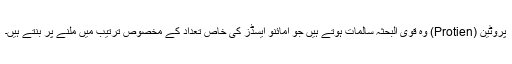
پروٹین (Protien) وہ قوی البحثہ سالمات ہوتے ہیں جو امائنو ایسڈز کی خاص تعداد کے مخصوص ترتیب میں ملنے پر بنتے ہیں۔